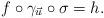
LaTeX: \begin{align*}f \circ \gamma_{\vec{u}} \circ \sigma = h.\end{align*}